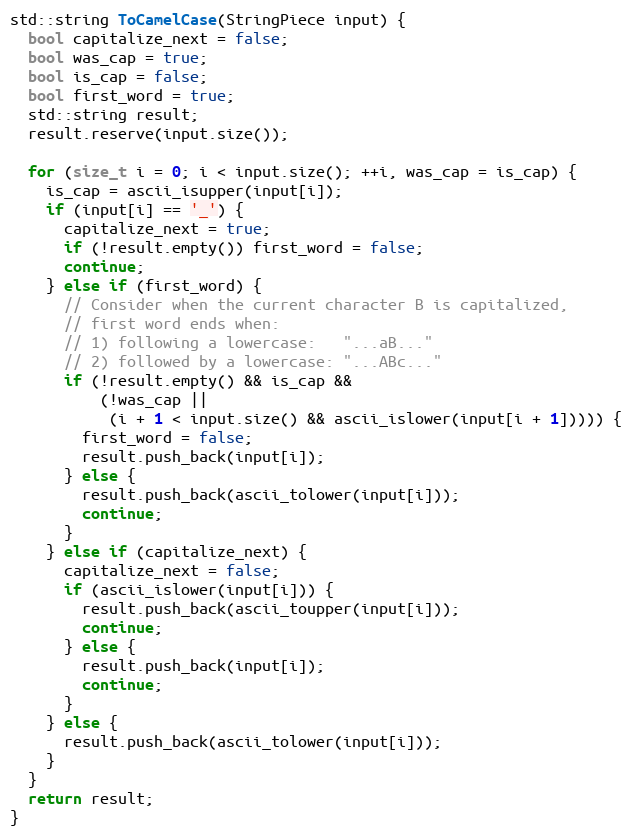
Language: C++
std::string ToCamelCase(StringPiece input) {
  bool capitalize_next = false;
  bool was_cap = true;
  bool is_cap = false;
  bool first_word = true;
  std::string result;
  result.reserve(input.size());

  for (size_t i = 0; i < input.size(); ++i, was_cap = is_cap) {
    is_cap = ascii_isupper(input[i]);
    if (input[i] == '_') {
      capitalize_next = true;
      if (!result.empty()) first_word = false;
      continue;
    } else if (first_word) {
      // Consider when the current character B is capitalized,
      // first word ends when:
      // 1) following a lowercase:   "...aB..."
      // 2) followed by a lowercase: "...ABc..."
      if (!result.empty() && is_cap &&
          (!was_cap ||
           (i + 1 < input.size() && ascii_islower(input[i + 1])))) {
        first_word = false;
        result.push_back(input[i]);
      } else {
        result.push_back(ascii_tolower(input[i]));
        continue;
      }
    } else if (capitalize_next) {
      capitalize_next = false;
      if (ascii_islower(input[i])) {
        result.push_back(ascii_toupper(input[i]));
        continue;
      } else {
        result.push_back(input[i]);
        continue;
      }
    } else {
      result.push_back(ascii_tolower(input[i]));
    }
  }
  return result;
}